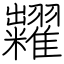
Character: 糶